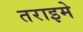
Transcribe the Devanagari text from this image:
तराइमे